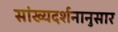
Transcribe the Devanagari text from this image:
सांख्यदर्शनानुसार